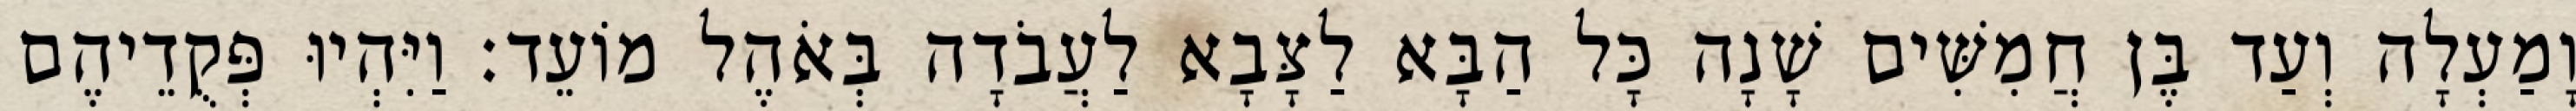
וָמַעְלָה וְעַד בֶּן חֲמִשִּׁים שָׁנָה כָּל הַבָּא לַצָּבָא לַעֲבֹדָה בְּאֹהֶל מוֹעֵד׃ וַיִּהְיוּ פְּקֻדֵיהֶם